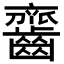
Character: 𪙔